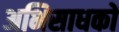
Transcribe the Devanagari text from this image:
अभिसाधकों